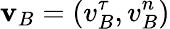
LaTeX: \mathbf{v}_{B}=(v_{B}^{\tau},v_{B}^{n})